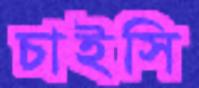
চাইসি